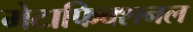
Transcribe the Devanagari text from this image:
मेटाफिक्शनल